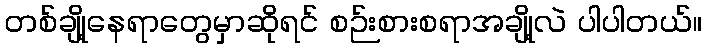
တစ်ချို့နေရာတွေမှာဆိုရင် စဉ်းစားစရာအချို့လဲ ပါပါတယ်။